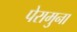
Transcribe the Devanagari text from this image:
पेरामुना